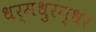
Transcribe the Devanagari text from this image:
धर्मधुरन्धर